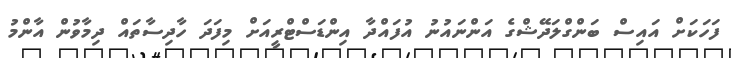
ފަހަކަށް އައިސް ބަންގްލަދޭޝްގެ އަންނައުނު އުފައްދާ އިންޑަސްޓްރީއަށް މިފަދަ ހާދިސާތައް ދިމާވުން އާންމު